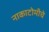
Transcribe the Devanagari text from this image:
नाकाटोमीचे